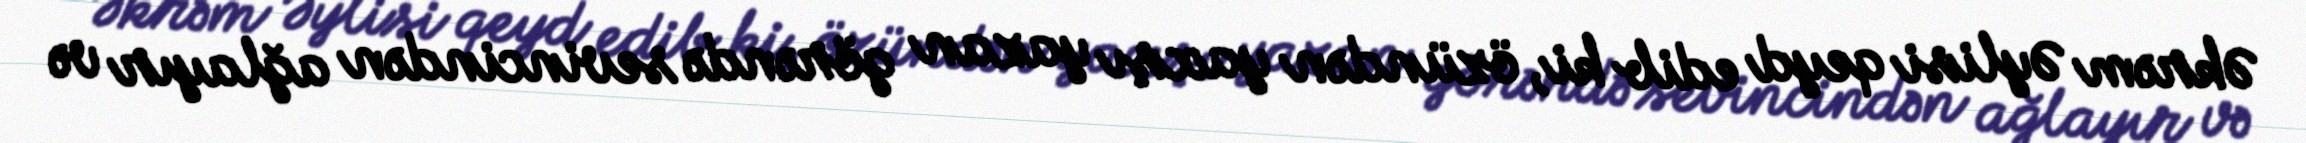
Əkrəm Əylisi qeyd edib ki, özündən yaxşı yazan görəndə sevincindən ağlayır və